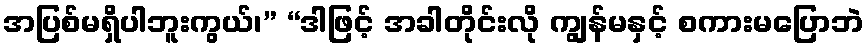
အပြစ်မရှိပါဘူးကွယ်၊” “ဒါဖြင့် အခါတိုင်းလို ကျွန်မနှင့် စကားမပြောဘဲ